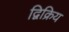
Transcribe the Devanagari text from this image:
द्विक्रिय